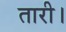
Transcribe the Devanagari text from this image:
तारी।